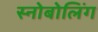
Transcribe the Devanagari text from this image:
स्नोबोलिंग